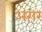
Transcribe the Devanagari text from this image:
अग़र